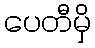
ပေတီမှိ